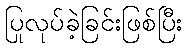
ပြုလုပ်ခဲ့ခြင်းဖြစ်ပြီး